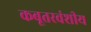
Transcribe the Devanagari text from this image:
कबूतरवंशीय